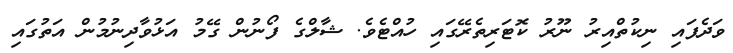
ވަދެފައި ނިކުތްއިރު ނޫރު ކޮޓަރިތެރޭގައި ހުއްޓެވެ. ޝާލްގެ ފޯނުން ގޭމު އަޅުވާދިނުމުން އަތުގައި